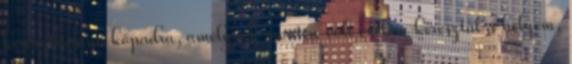
keresztirányú kőpadra, amelynek mentén volt éveken keresztül a helyem,